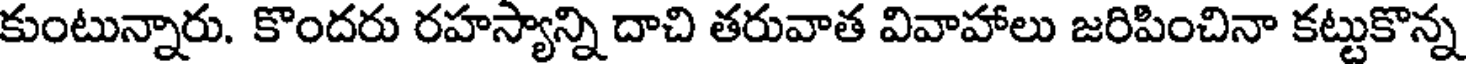
కుంటున్నారు. కొందరు రహస్యాన్ని దాచి తరువాత వివాహాలు జరిపించినా కట్టుకొన్న